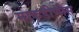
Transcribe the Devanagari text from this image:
माकडीणीस